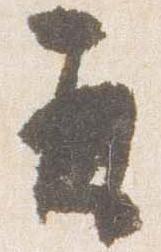
并